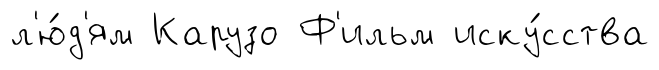
л'ю́д'ям Карузо Ф'ильм иску́сства